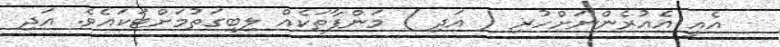
އެއީ އެއުރެންނަށްހުރި ( އަދި ) މަންފާތަކެއް ލިބިގަތުމަށްޓަކައެވެ. އަދި